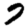
Digit: 7